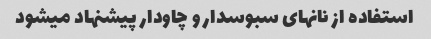
استفاده از نانهای سبوسدار و چاودار پیشنهاد میشود